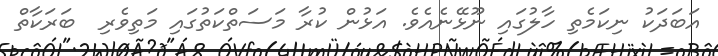
އަބަދަކު ނިކަމެތި ހާލުގައި ނޫޅޭނެއެވެ. އަޅުން ކުރާ މަސަތްކަތުގައި މަތިވެރި  ބަރަކާތް